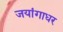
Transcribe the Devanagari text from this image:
जयांगाधर